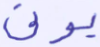
نؤتى